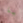
يا